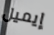
إيميل